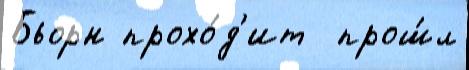
Бьорн прохо́д'ит  прош́л